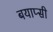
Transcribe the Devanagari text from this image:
बयाप्सी